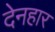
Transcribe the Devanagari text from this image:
देनहार